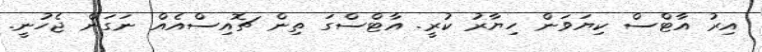
އިރު އާޓްސް ކިޔަވަން ހިޔާރު ކުރީ. އާޓްސްގަ ތިން ޗޮއިސްއެއް ނަގަން ޖެހުނީ.